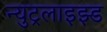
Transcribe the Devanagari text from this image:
न्युट्रलाइझ्ड